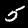
Label: 5